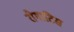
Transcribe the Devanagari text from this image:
रोगाटिस